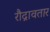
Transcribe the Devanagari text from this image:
रौद्रावतार